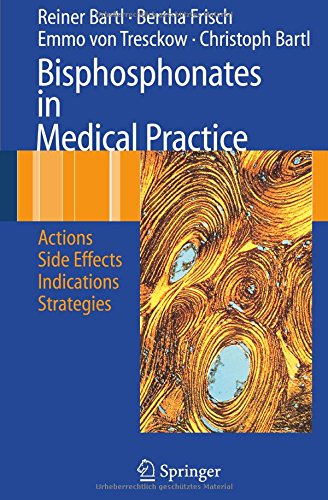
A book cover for Bisphosphonates in Medical Practice: Actions - Side Effects - Indications - Strategies; Reiner Bartl; Health, Fitness & Dieting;